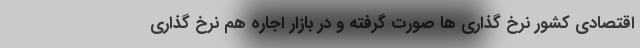
اقتصادی کشور نرخ گذاری ها صورت گرفته و در بازار اجاره هم نرخ گذاری